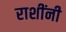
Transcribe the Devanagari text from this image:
राशींनी